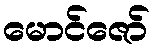
မောင်ဇော်